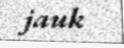
jauk